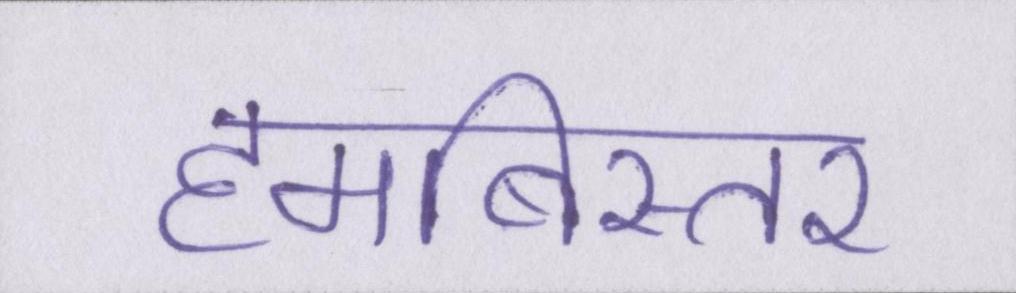
हमबिस्तर